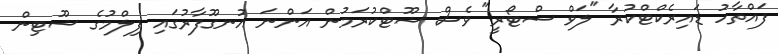
ފައްތާހު ޑައިރެކްޓްކުރާ "ލަވް ސްޓޯރީ" ވެސް ޝޫޓްކުރަމުން އަންނަ އުނގޫފާރުގައި ފިލްމުގެ ޝޫޓިން